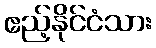
ဧည့်နိုင်ငံသား